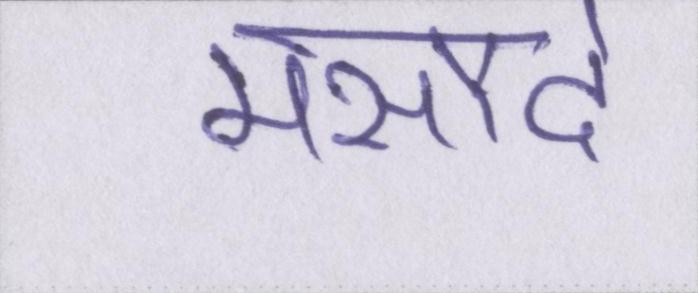
मसौदे